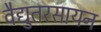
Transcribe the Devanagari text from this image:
वैद्युतरसायन